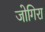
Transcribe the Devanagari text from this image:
जोगिरा